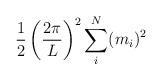
LaTeX: \begin{align*}{1 \over 2} \left( {2 \pi \over L } \right)^2\sum_i^N (m_i)^2\end{align*}